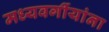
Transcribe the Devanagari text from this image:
मध्यवर्गीयांना